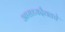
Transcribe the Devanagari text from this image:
आराध्यदैवतचे